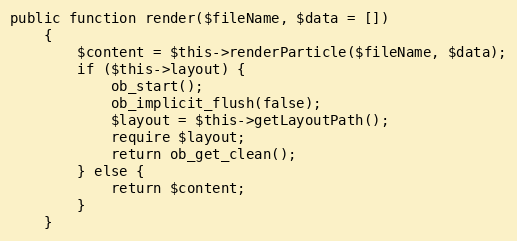
Language: PHP
public function render($fileName, $data = [])
    {
        $content = $this->renderParticle($fileName, $data);
        if ($this->layout) {
            ob_start();
            ob_implicit_flush(false);
            $layout = $this->getLayoutPath();
            require $layout;
            return ob_get_clean();
        } else {
            return $content;
        }
    }